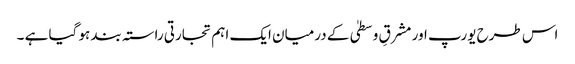
اس طرح یورپ اور مشرقِ وسطیٰ کے درمیان ایک اہم تجارتی راستہ بند ہو گیا ہے ۔